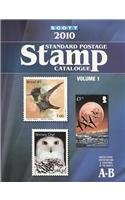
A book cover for Scott 2010 Standard Postage Stamp Catalogue, Vol. 1: United States and Affiliated Territories, United Nations, Countries of the World- A-B; James E. Kloetzel; Crafts, Hobbies & Home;